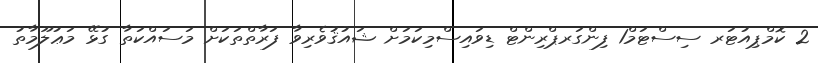
2 ކޮމްޕިއުޓަރ ސިސްޓަމް1 ފިންގަރޕްރިންޓް ޑިވައިސްމިކަމަށް ޝައުޤުވެރިވާ ފަރާތްތަކަށް މަސައްކަތާ ގުޅޭ މަޢުލޫމާތު